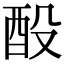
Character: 酘